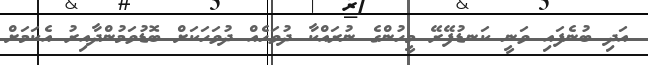
އަދި ބުނެފައި ވަނީ ކަނޑުފޭރޭ މީހުންގެ ނުރައްކާ ދުވަހެއް ދުވަހަކަށް ބޮޑުވަމުންދާއިރު އެކަމަށް